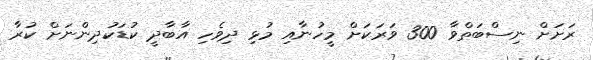
ރަށަށް ނިސްބަތްވާ 300 ވަރަކަށް މީހުނާއި މުޅި ދިވެހި އާބާދީ ކުޑަކުދިންނަށް ކުރާ